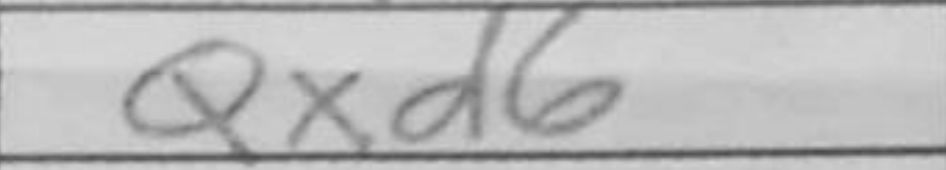
Transcription: Qxd6